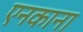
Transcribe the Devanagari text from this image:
एनकाना